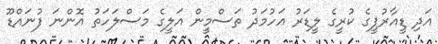
އަދި ޑީއާރުޕީގެ ކުރީގެ ލީޑަރު އަހުމަދު ތަސްމީން އަލީގެ މަސްލަހަތު އޮންނަ ފުނައްޑޫ